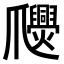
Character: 𤕉